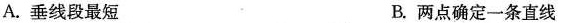
A. 垂线段最短 B. 两点确定一条直线